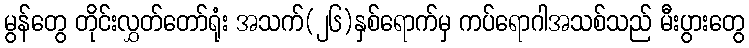
မွန်တွေ တိုင်းလွှတ်တော်ရုံး အသက်(၂၆)နှစ်ရောက်မှ ကပ်ရောဂါအသစ်သည် မီးပွားတွေ